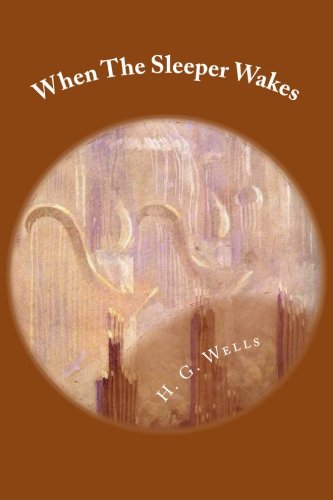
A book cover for When The Sleeper Wakes; H. G. Wells; Science Fiction & Fantasy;